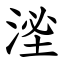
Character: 㳴